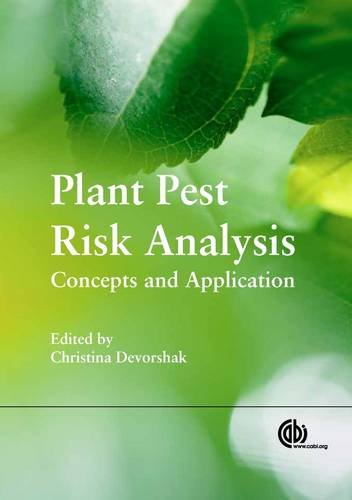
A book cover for Plant Pest Risk Analysis: Concepts and Application; Science & Math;